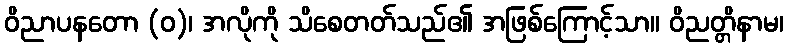
ဝိညာပနတော (ဝ)၊ အလိုကို သိစေတတ်သည်၏ အဖြစ်ကြောင့်သာ။ ဝိညတ္တိနာမ၊